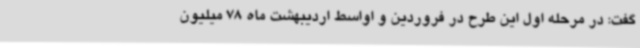
گفت: در مرحله اول این طرح در فروردین و اواسط اردیبهشت ماه 78 میلیون